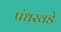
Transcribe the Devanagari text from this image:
पंधरवडे